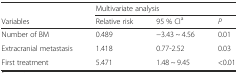
<table><thead><tr><td></td><td colspan="3"><b>Multivariate analysis</b></td></tr><tr><td><b>Variables</b></td><td><b>Relative risk</b></td><td><b>95 % CI<sup>a</sup></b></td><td><b><i>P</i></b></td></tr></thead><tbody><tr><td>Number of BM</td><td>0.489</td><td>−3.43 ~ 4.56</td><td>0.01</td></tr><tr><td>Extracranial metastasis</td><td>1.418</td><td>0.77-2.52</td><td>0.03</td></tr><tr><td>First treatment</td><td>5.471</td><td>1.48 ~ 9.45</td><td>&lt;0.01</td></tr></tbody></table>